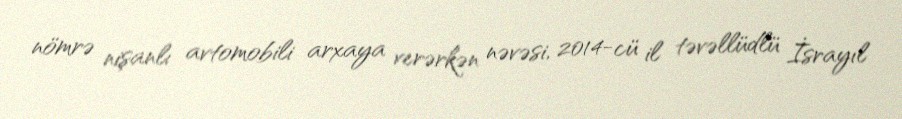
nömrə nişanlı avtomobili arxaya verərkən nəvəsi, 2014-cü il təvəllüdlü İsrayıl